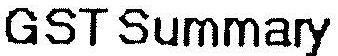
GST SUMMARY